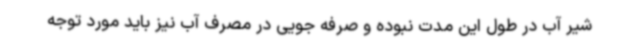
شیر آب در طول این مدت نبوده و صرفه جویی در مصرف آب نیز باید مورد توجه